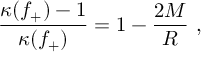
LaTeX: \frac { \kappa ( f _ { + } ) - 1 } { \kappa ( f _ { + } ) } = 1 - \frac { 2 M } { R } \ ,